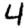
Digit: 4